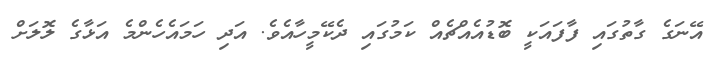
އޭނަގެ ގާތުގައި ފާފައަކީ ބޮޑުއެއްޗެއް ކަމުގައި ދެކޭމީހާއެވެ. އަދި ހަމައެހެންމެ އަޅާގެ ލޮލަށް